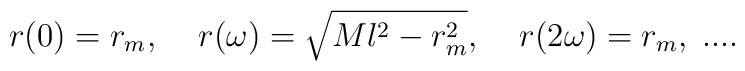
r(0)=r_m,\;\;\;\;r(\omega)=\sqrt{Ml^2-r^2_m},\;\;\;\;r(2\omega)=r_m,\;....